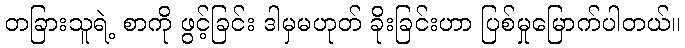
တခြားသူရဲ့ စာကို ဖွင့်ခြင်း ဒါမှမဟုတ် ခိုးခြင်းဟာ ပြစ်မှုမြောက်ပါတယ်။